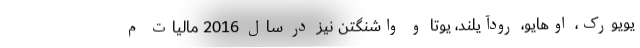
یویورک، اوهایو، رودآیلند، یوتا و واشنگتن نیز در سال 2016 مالیات م